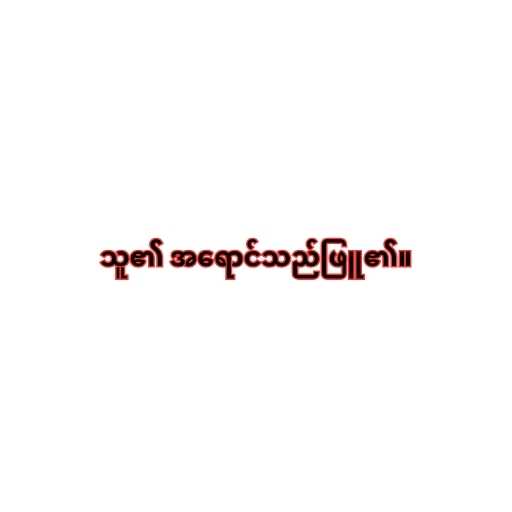
သူ၏ အရောင်သည်ဖြူ၏။